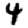
Digit: 4